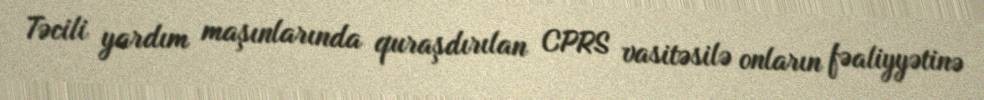
Təcili yardım maşınlarında quraşdırılan CPRS vasitəsilə onların fəaliyyətinə